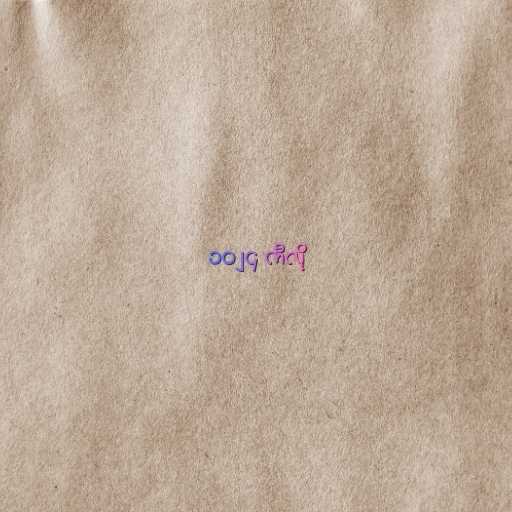
၁၀၂၄ ကီလို